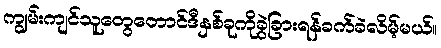
ကျွမ်းကျင်သူတွေတောင်ဒီနှစ်ခုကိုခွဲခြားရန်ခက်ခဲလိမ့်မယ်။